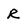
Character: R